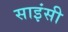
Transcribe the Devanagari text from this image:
साइंसी